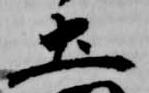
土